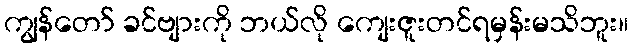
ကျွန်တော် ခင်ဗျားကို ဘယ်လို ကျေးဇူးတင်ရမှန်းမသိဘူး။